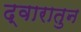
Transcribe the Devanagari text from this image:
द्वारातुन